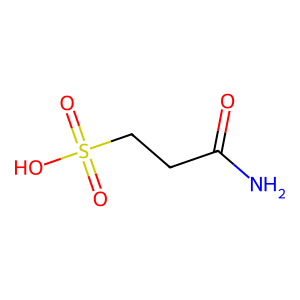
SMILES: NC(=O)CCS(=O)(=O)O
Inhibits HIV replication: No